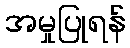
အမှုပြုရန်